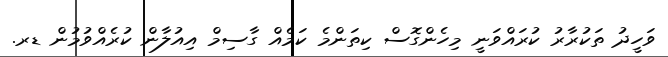
ވަހީދު ތަކުރާރު ކުރައްވަނީ މިހެންގޮސް ކިތަންމެ ކަމެއް ގާސިމް އިއުލާން ކުރެއްވުމުން ޑރ.